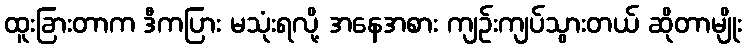
ထူးခြားတာက ဒီကပြား မသုံးရလို့ အနေအစား ကျဉ်းကျပ်သွားတယ် ဆိုတာမျိုး